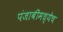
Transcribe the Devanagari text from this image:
पंजाबीमध्येच